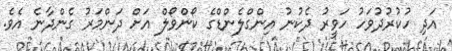
އަދި ހުކުރުދުވަހު ހަވީރު ދެކުނު އިންގްލެންޑްގެ ކޯންވޯލް އަށް ދަންމަރު ގެންދާނެ އެވެ.